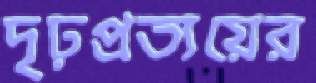
দৃঢ়প্রত্যয়ের